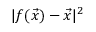
| f ( \Vec { x } ) - \Vec { x } | ^ { 2 }